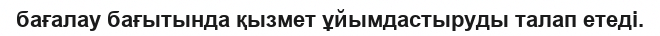
бағалау бағытында қызмет ұйымдастыруды талап етеді.